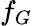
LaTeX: f_{G}